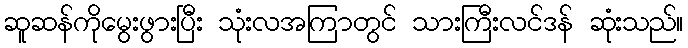
ဆူဆန်ကိုမွေးဖွားပြီး သုံးလအကြာတွင် သားကြီးလင်ဒန် ဆုံးသည်။